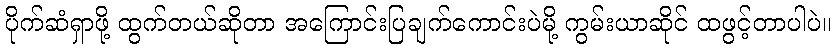
ပိုက်ဆံရှာဖို့ ထွက်တယ်ဆိုတာ အကြောင်းပြချက်ကောင်းပဲမို့ ကွမ်းယာဆိုင် ထဖွင့်တာပါပဲ။